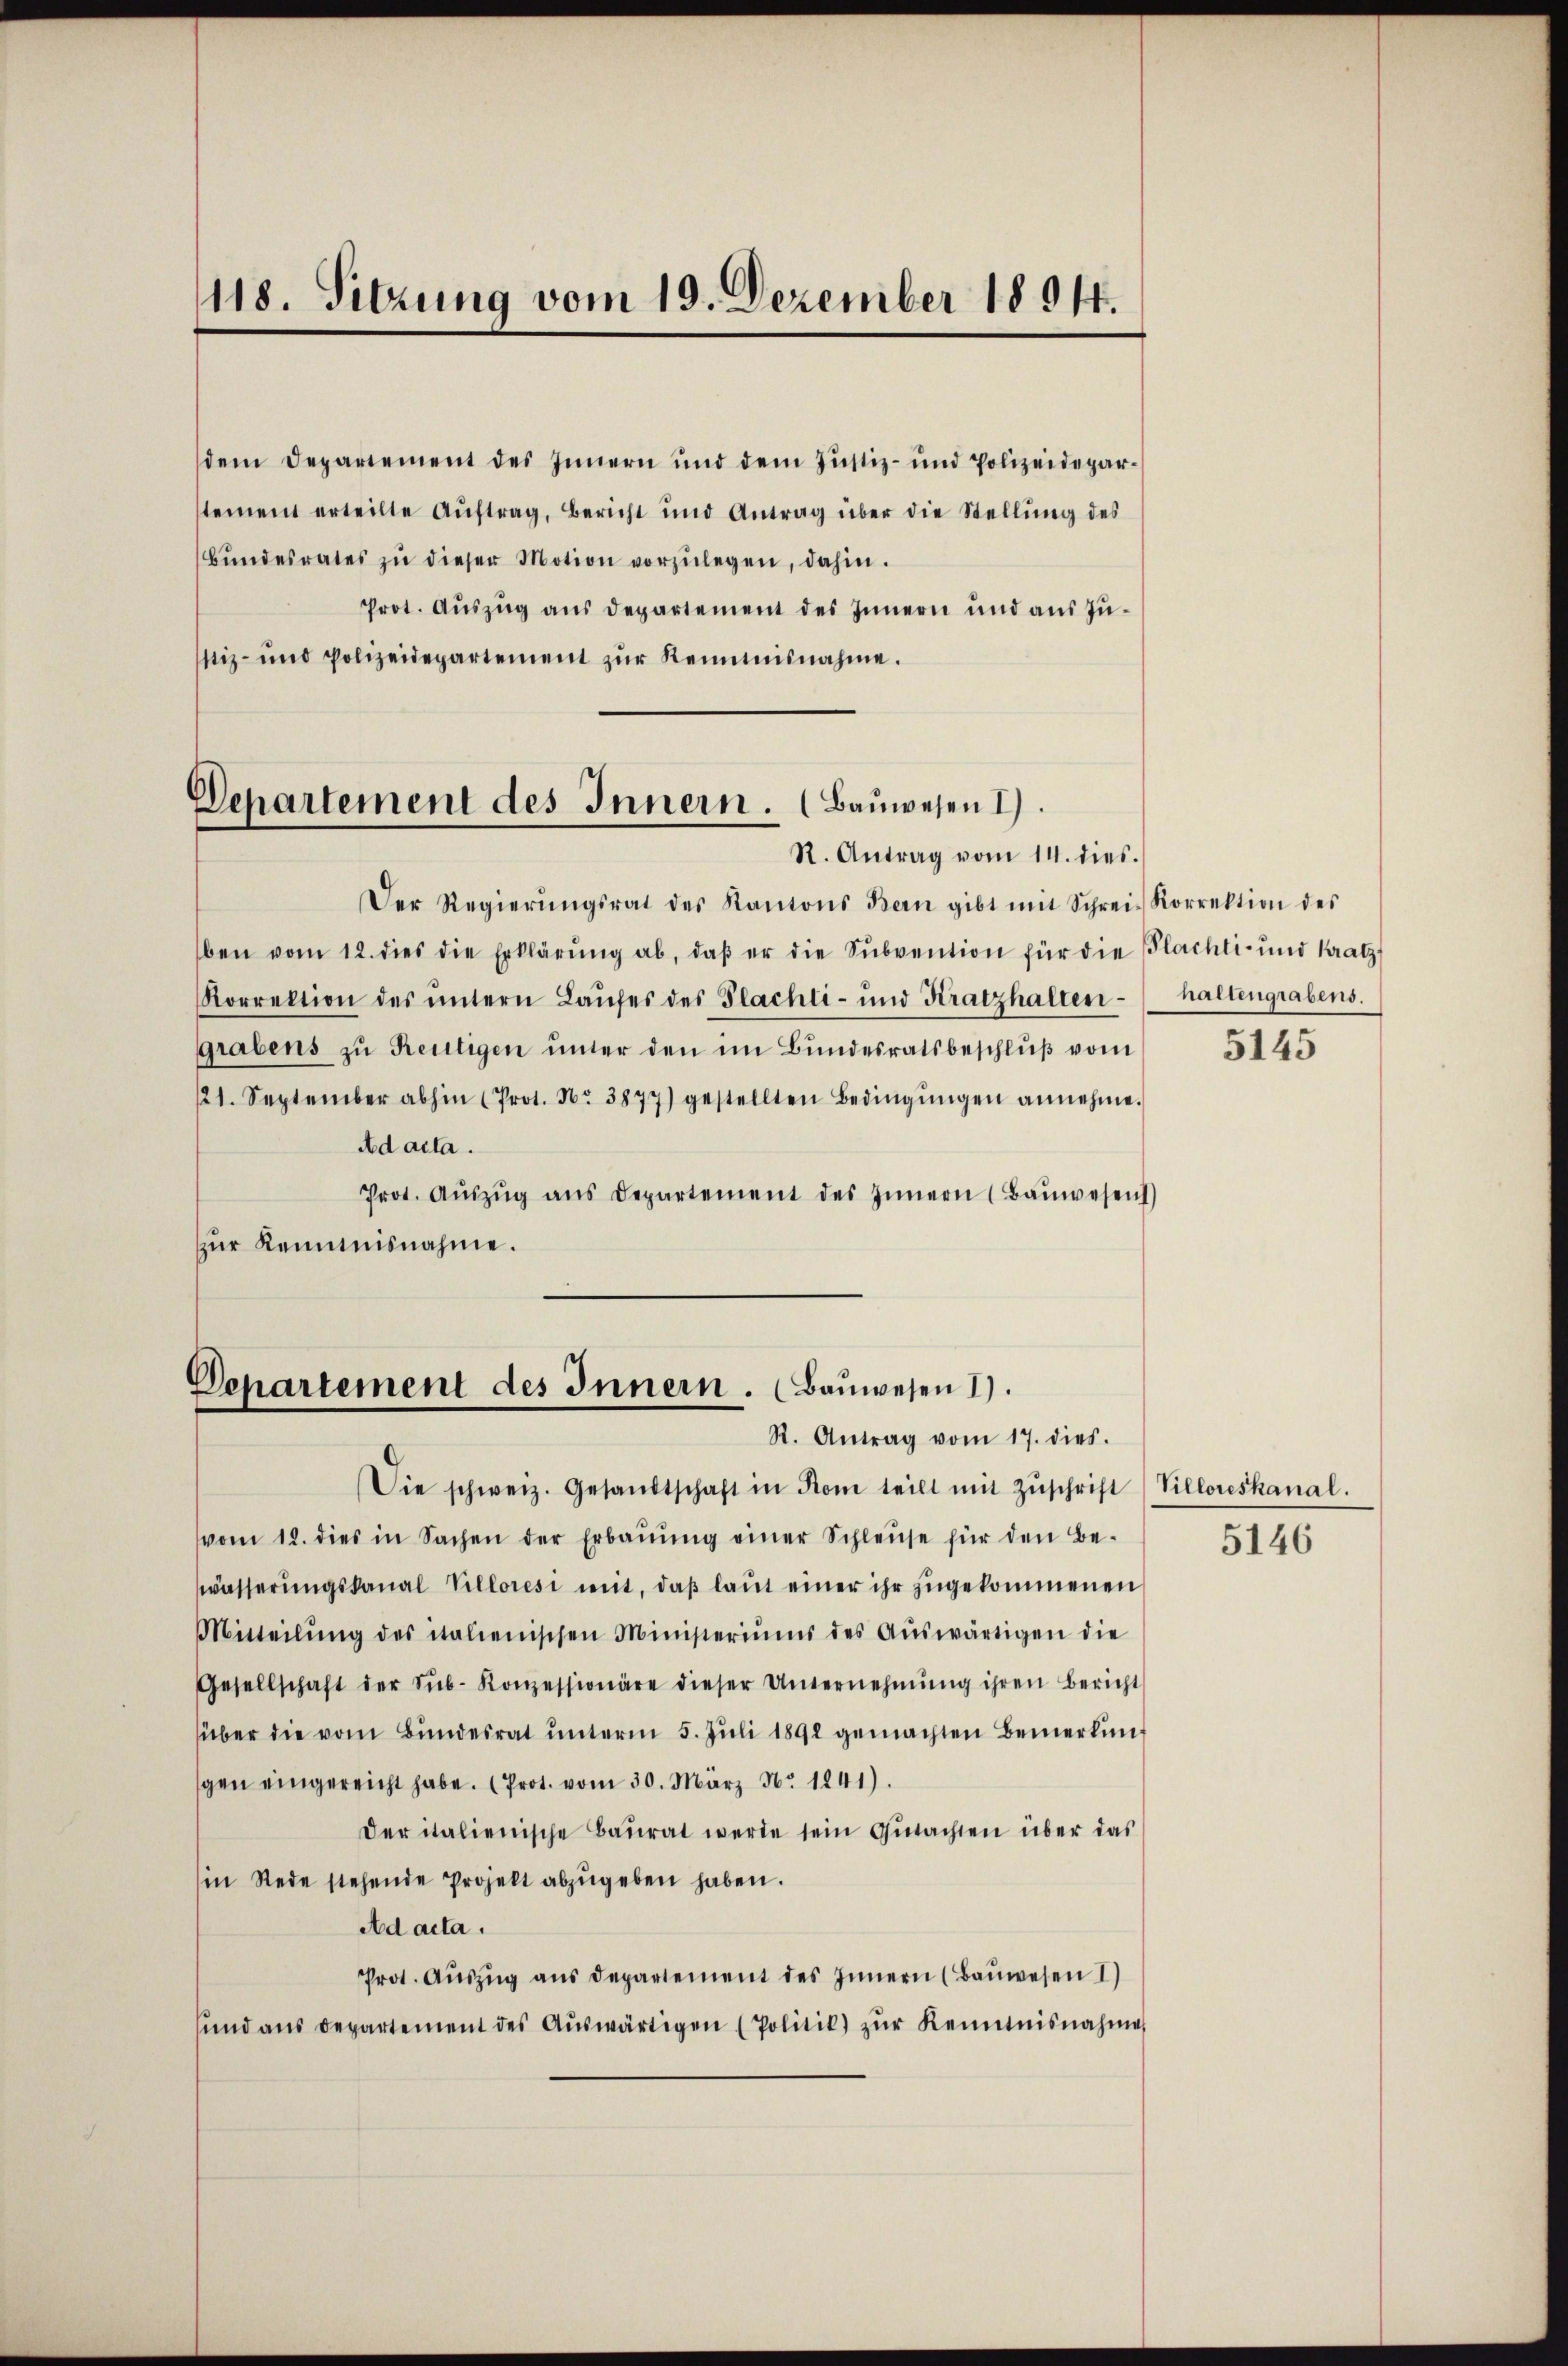
118. Sitzung vom 19. Dezember 1891.

dem Departement des Innern und dem Justiz- und Polizeidepartement erteilte Aŭftrag, Bericht und Antrag über die Stellŭng des
Bŭndesrates zŭ dieser Motion vorzŭlegen, dahin.
Prot. Aŭszŭg aŭs departement des Innern und aus Züstiz- und polizeidepartement zŭr Reimnisnahme.

Departement des Innern. (Bauwesen I
R. Antrag vom 14. dies.

Der Regierŭngsrat des Kantons Bern gibt mit Schrei-Korrektion des
ben vom 12. dies die Erklärŭng ab, daβ er die Sŭbvention für die Flachti- und Kratz
Korrektion des ŭntern Laufes des Plachti- und Kratzhalten-
grabens zu Reutigen unter den im Bundesratsbeschlŭβ vom
121. September abhin (Prot. Nr. 3877) gestellten Bedingŭngen annehme.
Ad acta.
Prot. Aŭszŭg ans Departement des Innern (Baŭwesen)
zur Kemnisnahme.

Die schweiz. Gesandtschaft in Rom teilt mit Zŭschrift (Villoreskanal.
vom 12. dies in Sachen der Erbaŭŭng einer Schleuse für den Be-
wässerŭngskanal Villoresi mit, daβ laŭt einer ihr zŭgekommenen
Mitteilŭng des italienischen Ministeriums des Aŭswärtigen die
Gesellschaft der Sŭb- Konzessionäre dieser Unternehmung ihren Bericht
über die vom Bundesrat unterm 5. Juli 1891 gemachten Bemerkungen eingereicht habe. (Prot. vom 30. März Nr. 1241).
der italienische Baŭrat werde sein Gutachten über das
in Rede stehende Projekt abzŭgeben haben.
Ad acta.
Prot. Auszug aus Departement des Innern (Bauwesen 1)
sind ans Departement des Aŭswärtigen (Politik) zŭr Kenntnisnahme

Departement des Innern. (Bauwesen 1)
R. Antrag vom 17. dies.

haltengrabens.

5145

5146